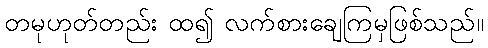
တမုဟုတ်တည်း ထ၍ လက်စားချေကြမှဖြစ်သည်။